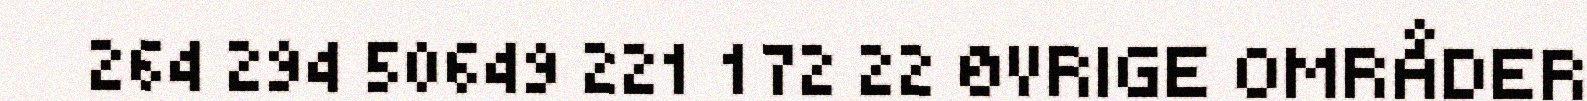
264 294 50649 221 172 22 ØVRIGE OMRÅDER